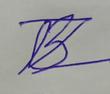
Signature authenticity: forged